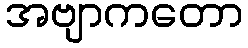
အဗျာကတော